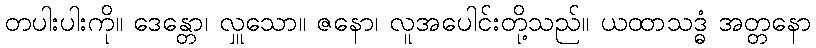
တပါးပါးကို။ ဒေန္တော၊ လှူသော။ ဇနော၊ လူအပေါင်းတို့သည်။ ယထာသဒ္ဓံ အတ္တနော